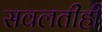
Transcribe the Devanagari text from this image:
सवलतीही